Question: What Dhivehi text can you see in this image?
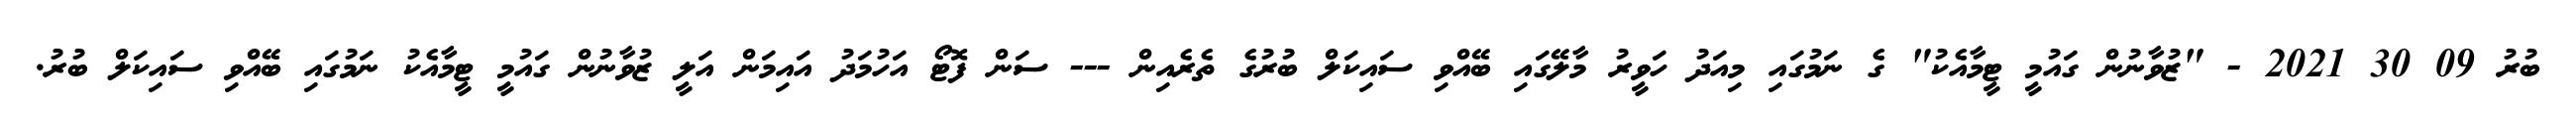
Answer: ބުރު 09 30 2021 - "ޒުވާނުން ގައުމީ ޓީމާއެކު" ގެ ނަމުގައި މިއަދު ހަވީރު މާލޭގައި ބޭއްވި ސައިކަލް ބުރުގެ ތެރެއިން --- ސަން ފޮޓޯ އަހުމަދު އައިމަން އަލީ ޒުވާނުން ގައުމީ ޓީމާއެކު ނަމުގައި ބޭއްވި ސައިކަލް ބުރު.